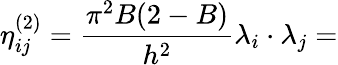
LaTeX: \eta_{ij}^{(2)}=\frac{\pi^{2}B(2-B)}{h^{2}}\lambda_{i}\cdot\lambda_{j}=